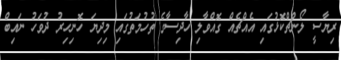
ރިޔާސީ ލޯންޗްކޮޅުގައި އެއްޗެއް ގޮއްވާލި ހާދިސާގެ ތުހުމަތުގައި މިދިޔަ ހޮނިހިރު ދުވަހު ނައިބް